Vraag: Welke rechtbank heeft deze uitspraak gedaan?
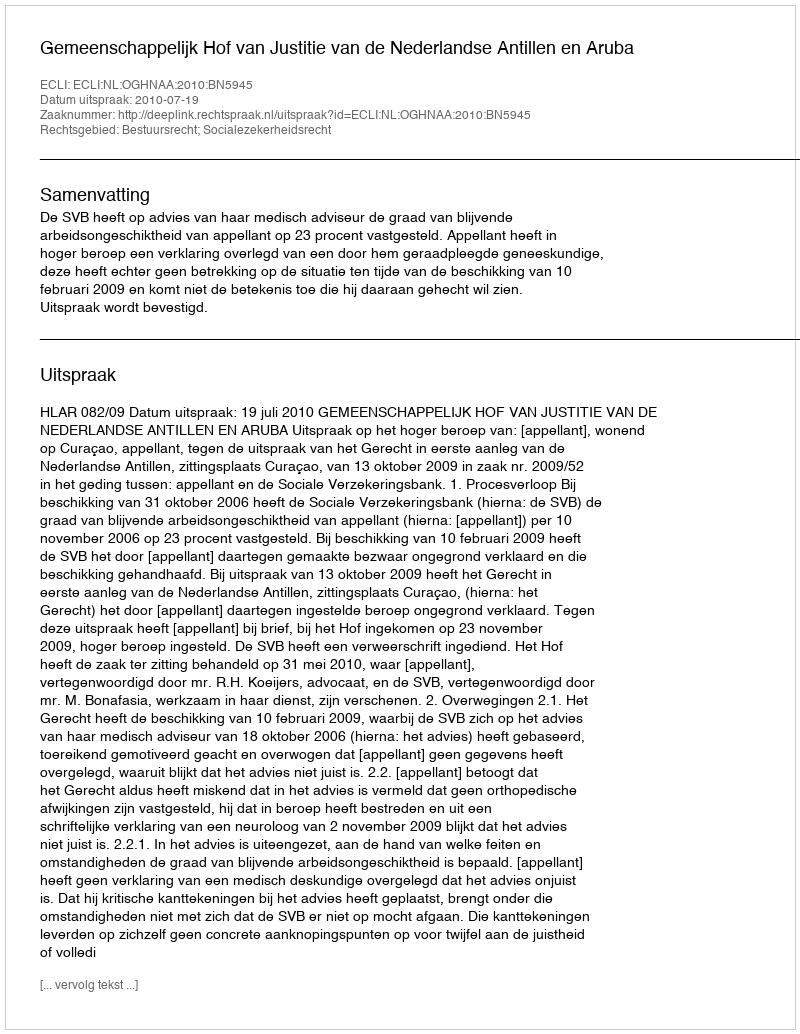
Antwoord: Gemeenschappelijk Hof van Justitie van de Nederlandse Antillen en Aruba